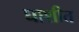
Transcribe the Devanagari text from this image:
घाशीत